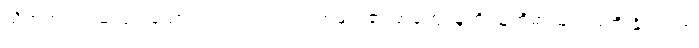
သို့ရာတွင် ရှည်လျားသော တင်ကျည်းဝါးတုတ်များ၏ မာကျောမှုကို သူတို့ဓားများ မတိုးနိုင်ကြဘဲ